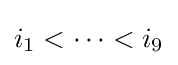
i_{1}<\dots <i_{9}